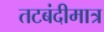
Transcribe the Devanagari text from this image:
तटबंदीमात्र